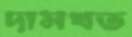
দাসখত